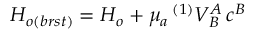
{ \cal H } _ { o ( b r s t ) } = { \cal H } _ { o } + \mu _ { a } \, { } ^ { ( 1 ) } V _ { B } ^ { A } \, c ^ { B }